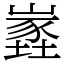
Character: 嶳